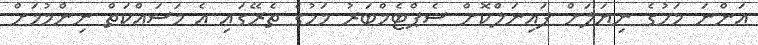
އަންނަ މަހުގެ ނިޔަލަށް ފައިނަލްކޮށް ސެޕްޓެމްބަރު މަހުގެ ތެރޭގައި އެ މަސައްކަތް ނިންމުމަށް